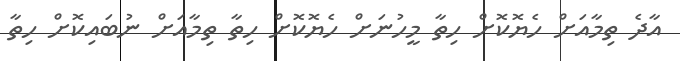
އާދެ ތިމާއަށް ހެޔޮކޮށް ހިތާ މީހުނަށް ހެޔޮކޮށް ހިތާ ތިމާއަށް ނުބައިކޮށް ހިތާ